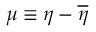
\mu \equiv \eta - \overline { { \eta } }